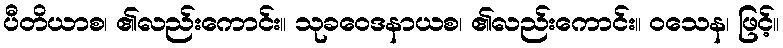
ပီတိယာစ၊ ၏လည်းကောင်း။ သုခဝေဒနာယစ၊ ၏လည်းကောင်း။ ဝသေန၊ ဖြင့်။